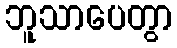
ဘူသာပေတွာ